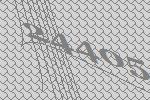
24405